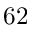
6 2